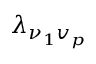
\lambda _ { \nu _ { 1 } v _ { p } }